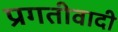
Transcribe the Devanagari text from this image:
प्रगतीवादी